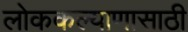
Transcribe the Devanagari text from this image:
लोककल्याणासाठी